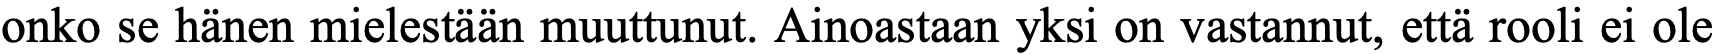
onko se hänen mielestään muuttunut. Ainoastaan yksi on vastannut, että rooli ei ole